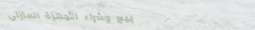
بيع وشراء الأجهزة المنزلي